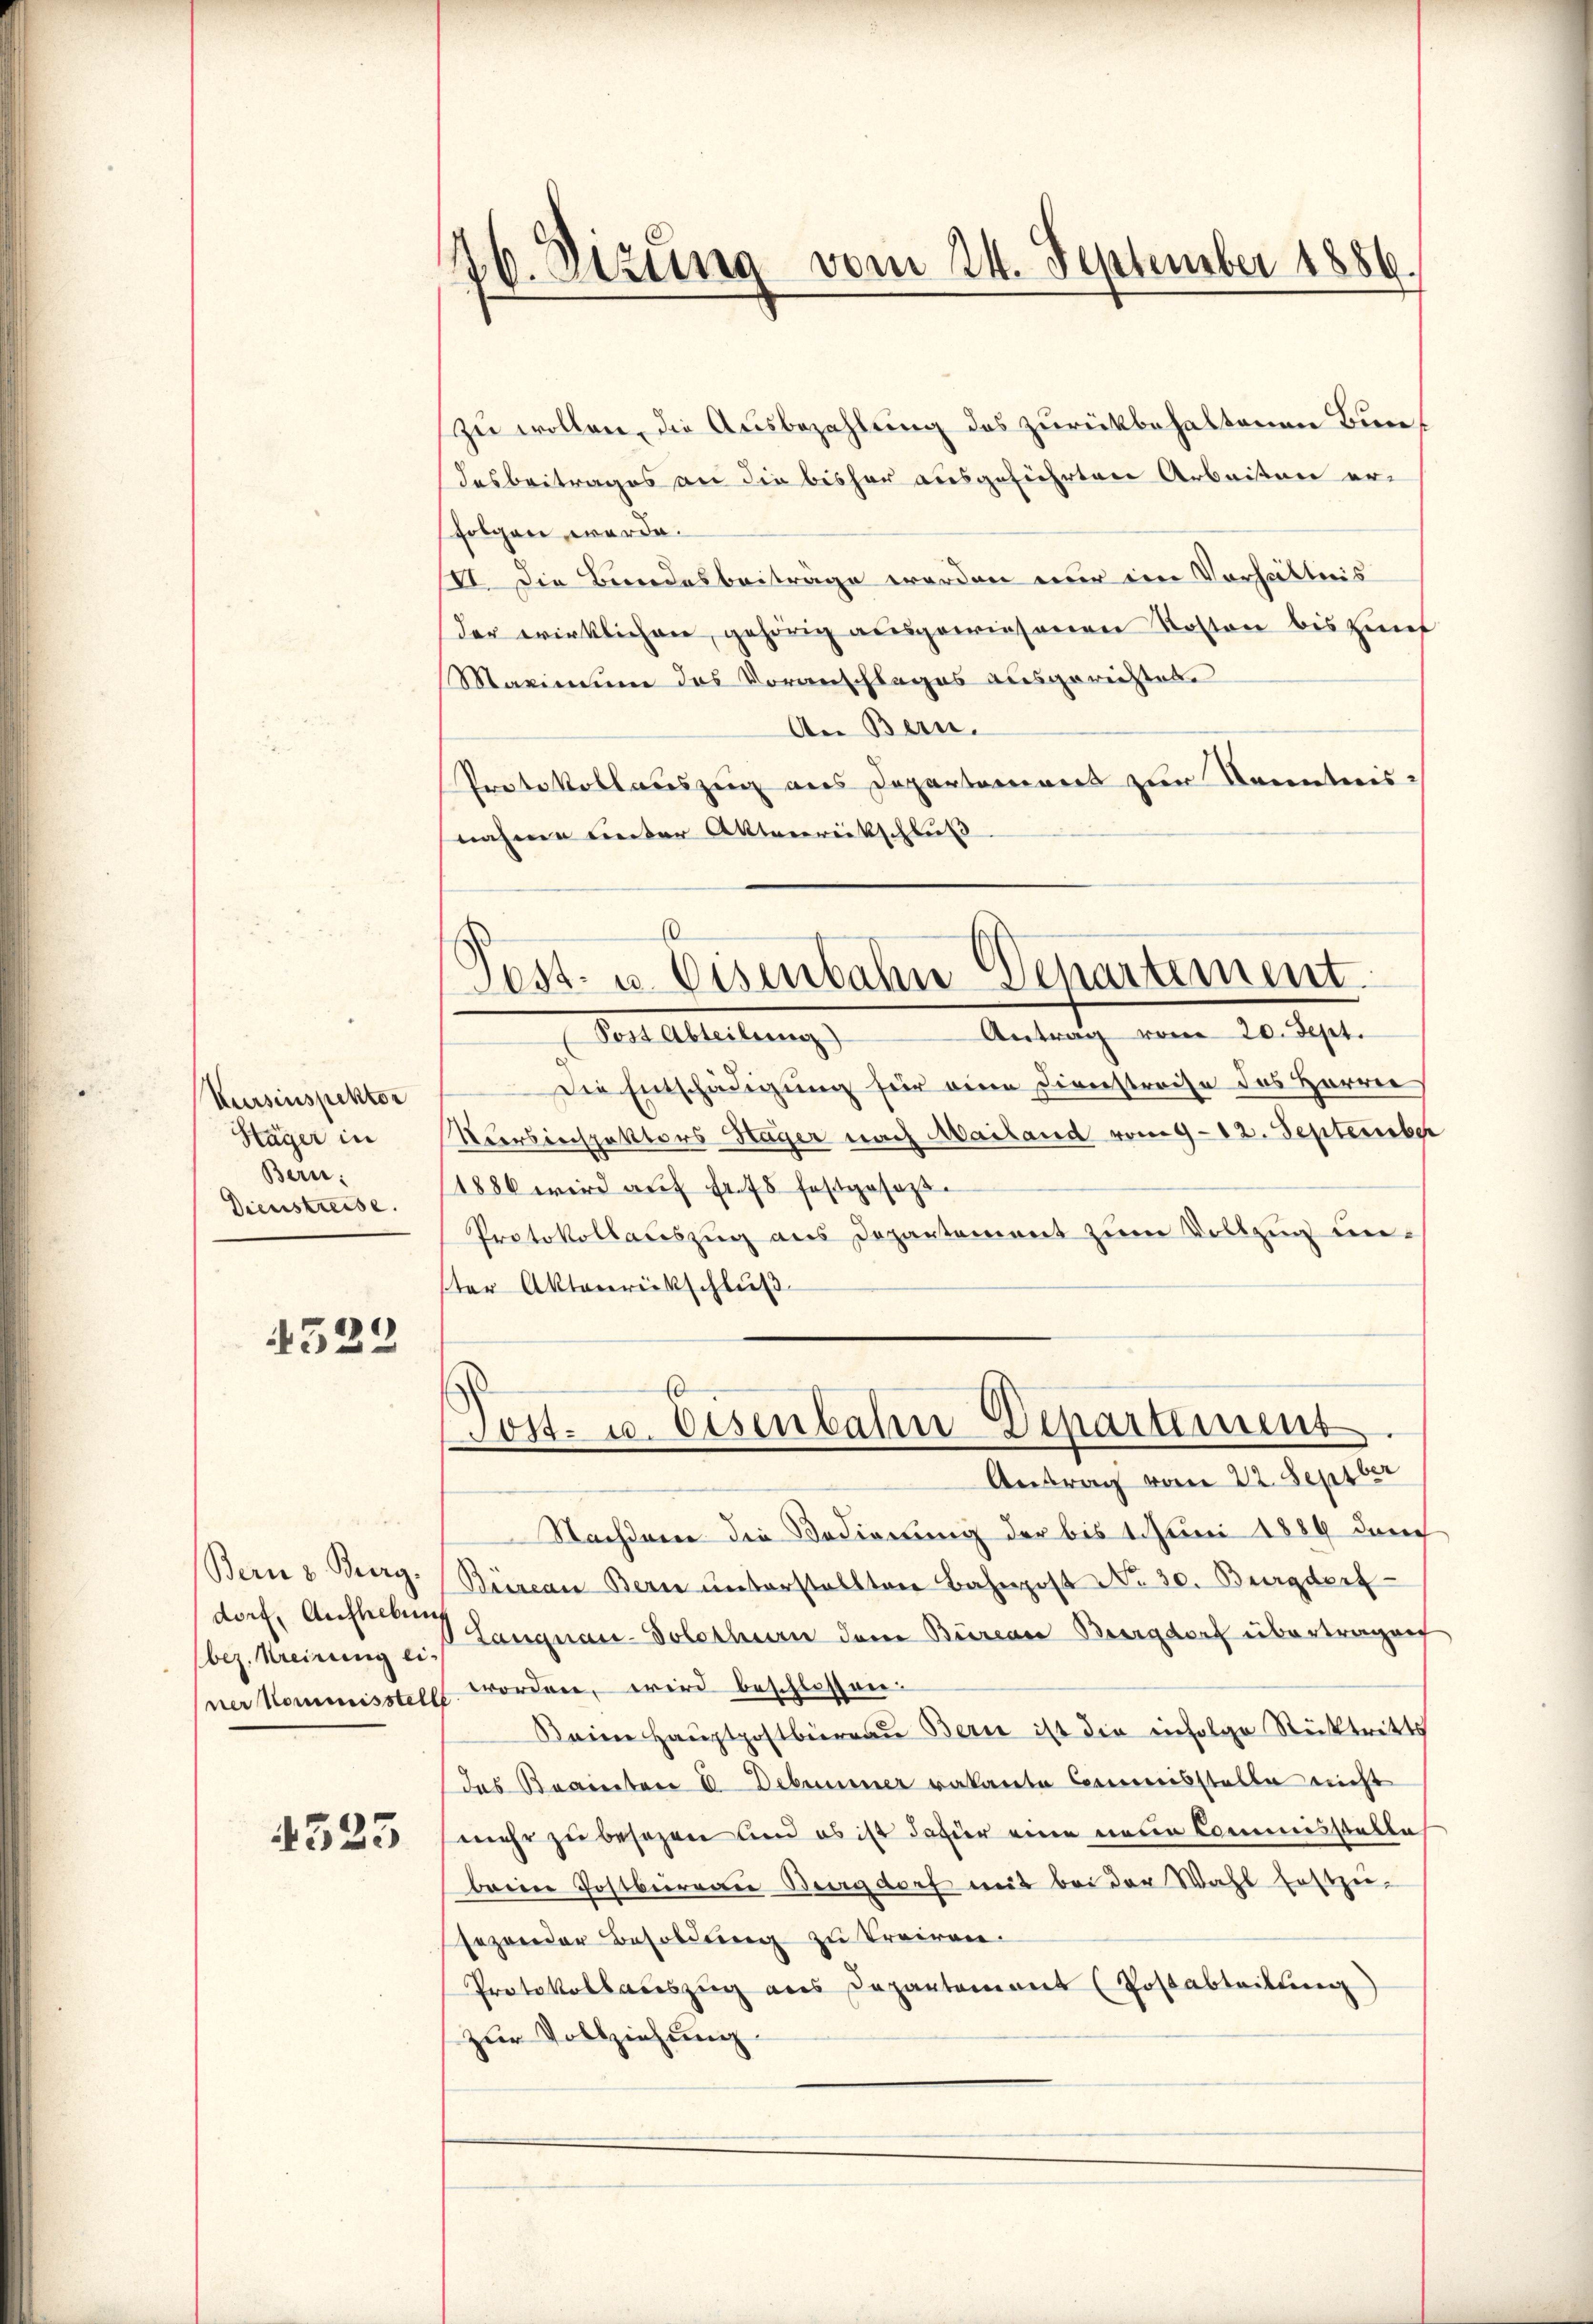
Kursinspektor
Stäger in
Bern:
Dienstreise.

4522

Bern z. Burg.
dorf, Aufhebun
bez. Kreisung ei-
ner Kommisstell

4525

zu wollen, die Ausbezahlung des zurückbehaltenen Bun¬
Insbeitrages an die bisher ausgeführten Arbeiten erfolgen werde.
IV. Die Bundesbeitrage werden nur im Verhältnis
der wirklichen, gehörig ausgewiesenen Roston bis zunf
Maximum des Voranschlages ausgerichtet.
An Bern.
Prete Vollauszug aus Departaminers zur Kenntnis-
nahme unter Aktenreitschluß

16. Dizung vom 24. September 1886.

6
Post- u. Eisenbahn Departement

Antrag vom 20. Sept.
Pet Alterterung
Die Entschädigung für eine Diverstreise des Herrn
Versinspektors Hager nach Mailand vom 9. 12. September
1886 wird aŭf Fr. 75 festgesezt.
Protokollauszug aus Departement zum Vollzug unster Aktenrückschluß
Antrag vom 22. Septber
Nachdenen die Bedienung der bis 1. Juni 1889 durch
Biisean Bern ŭnterstellten Bahnpost No 30. Burgdert
Langnau-Solothurn dem Büreau Burgdorf übertragen
wrorden, wird beschlossen:
Seine Hauptpostbüreau Bern ist die einfolge Rücktritts
das Brannten I. Debummer vakante Commisstelle nicht
mehr zu besezen und es ist dafür eine neuen Commisstelle
brien Postbureau Burgdorf mit bei der Wahl festzusezender Besoldung zu trairen.
Protokollauszug aus Departement (Postabteilung
zur Vollzeichnung

d
Lost- u. Eisenbahn-Departement.